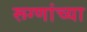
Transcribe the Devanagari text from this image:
रूग्णांच्या